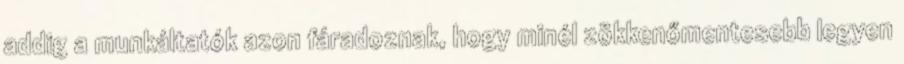
addig a munkáltatók azon fáradoznak, hogy minél zökkenőmentesebb legyen